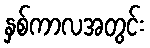
နှစ်ကာလအတွင်း